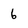
Character: 6